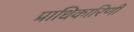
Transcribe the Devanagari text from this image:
प्राधिकारिणी